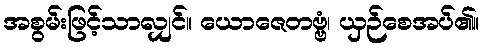
အစွမ်းဖြင့်သာလျှင်။ ယောဇေတဗ္ဗံ၊ ယှဉ်စေအပ်၏။